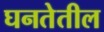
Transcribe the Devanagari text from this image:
घनतेतील